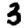
Digit: 3